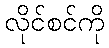
လိုင်စင်ကို